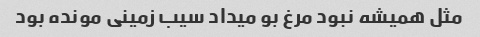
مثل همیشه نبود مرغ بو میداد سیب زمینی مونده بود